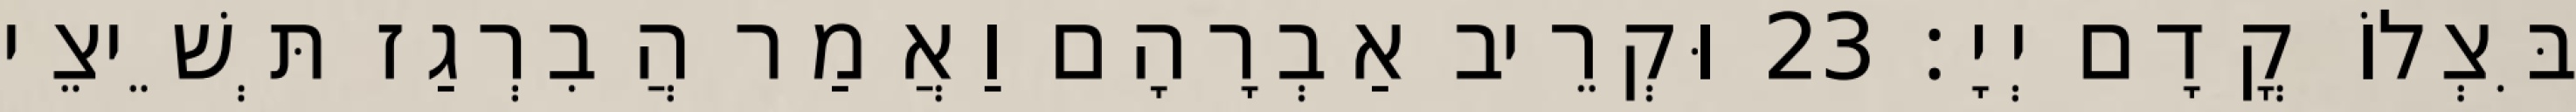
בִּצְלוֹ קֳדָם יְיָ׃ 23 וּקְרֵיב אַבְרָהָם וַאֲמַר הֲבִרְגַז תְּשֵׁיצֵי